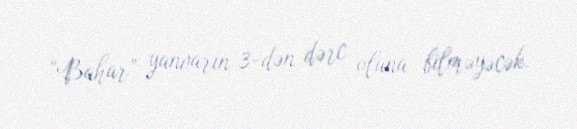
“Bahar” yanvarın 3-dən dərc oluna bilməyəcək.